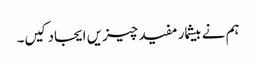
ہم نے بیشمار مفید چیزیں ایجاد کیں۔